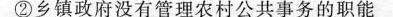
②乡镇政府没有管理农村公共事务的职能